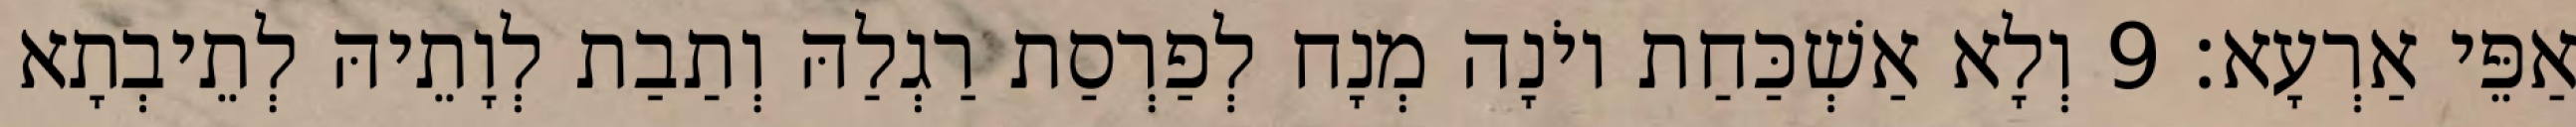
אַפֵּי אַרְעָא׃ 9 וְלָא אַשְׁכַּחַת יוֹנָה מְנָח לְפַרְסַת רַגְלַהּ וְתַבַת לְוָתֵיהּ לְתֵיבְתָא